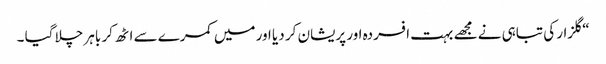
“ گلزار کی تباہی نے مجھے بہت افسردہ اور پریشان کر دیا اور میں کمرے سے اٹھ کر باہر چلا گیا ۔